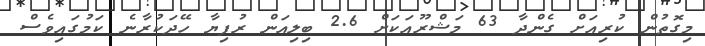
މިގޮތުން ކުރިއަށް ގެންދާ 63 މަޝްރޫއަކަށް 2.6 ބިލިއަން ރުފިޔާ ހޭދަކުރާނެ ކަމުގައިވެސް